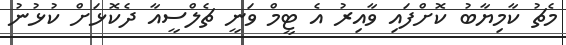
މެޗު ކާމިޔާބު ކޮށްފައި ވާއިރު އެ ޓީމް ވަނީ ޗެލްސީއާ ދެކޮޅަށް ކުޅުނު